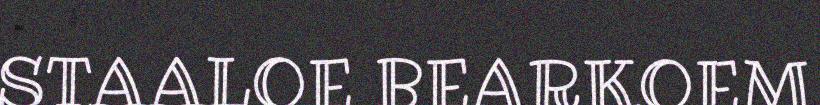
STAALOE BEARKOEM